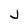
Character: J